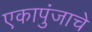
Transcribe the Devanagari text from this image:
एकापुंजाचे